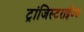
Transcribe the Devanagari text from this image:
ट्रांजिस्टराईज्ड